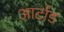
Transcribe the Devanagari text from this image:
आर्टाड